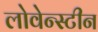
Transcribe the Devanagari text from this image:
लोवेन्स्टीन